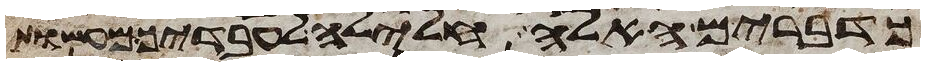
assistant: כדברים האלה חלילה לעבדיך מעשות